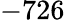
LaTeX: -726